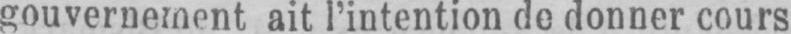
gouvernement ait l’intention de donner cours